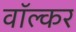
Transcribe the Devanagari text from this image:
वॉल्कर